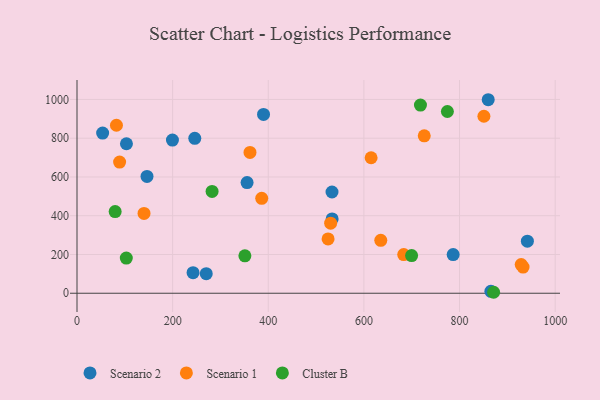
{"axis": {"x": "Speed", "y": "Demand"}, "legend": ["Cluster B", "Scenario 1", "Scenario 2"], "data": [{"x": "355.7", "y": 570.9, "type": "Scenario 2"}, {"x": "941.9", "y": 268.8, "type": "Scenario 2"}, {"x": "533.6", "y": 383.5, "type": "Scenario 2"}, {"x": "270.3", "y": 101.2, "type": "Scenario 2"}, {"x": "103.4", "y": 771.4, "type": "Scenario 2"}, {"x": "242.7", "y": 106.1, "type": "Scenario 2"}, {"x": "860.0", "y": 998.6, "type": "Scenario 2"}, {"x": "146.4", "y": 602.7, "type": "Scenario 2"}, {"x": "786.7", "y": 199.7, "type": "Scenario 2"}, {"x": "246.3", "y": 799.5, "type": "Scenario 2"}, {"x": "199.6", "y": 790.2, "type": "Scenario 2"}, {"x": "390.1", "y": 922.8, "type": "Scenario 2"}, {"x": "53.6", "y": 826.7, "type": "Scenario 2"}, {"x": "865.6", "y": 9.9, "type": "Scenario 2"}, {"x": "533.3", "y": 522.5, "type": "Scenario 2"}, {"x": "929.0", "y": 147.9, "type": "Scenario 1"}, {"x": "615.1", "y": 699.2, "type": "Scenario 1"}, {"x": "932.9", "y": 135.2, "type": "Scenario 1"}, {"x": "89.1", "y": 676.7, "type": "Scenario 1"}, {"x": "386.3", "y": 489.9, "type": "Scenario 1"}, {"x": "361.8", "y": 726.6, "type": "Scenario 1"}, {"x": "140.2", "y": 411.7, "type": "Scenario 1"}, {"x": "525.1", "y": 280.2, "type": "Scenario 1"}, {"x": "635.3", "y": 273.0, "type": "Scenario 1"}, {"x": "851.0", "y": 913.3, "type": "Scenario 1"}, {"x": "530.5", "y": 361.5, "type": "Scenario 1"}, {"x": "683.3", "y": 199.6, "type": "Scenario 1"}, {"x": "82.5", "y": 867.0, "type": "Scenario 1"}, {"x": "726.2", "y": 812.4, "type": "Scenario 1"}, {"x": "871.3", "y": 5.0, "type": "Cluster B"}, {"x": "699.8", "y": 194.3, "type": "Cluster B"}, {"x": "351.1", "y": 193.1, "type": "Cluster B"}, {"x": "103.1", "y": 181.4, "type": "Cluster B"}, {"x": "79.8", "y": 421.4, "type": "Cluster B"}, {"x": "718.3", "y": 970.9, "type": "Cluster B"}, {"x": "774.6", "y": 937.8, "type": "Cluster B"}, {"x": "282.5", "y": 525.5, "type": "Cluster B"}]}